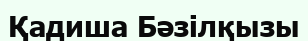
Қадиша Бәзілқызы